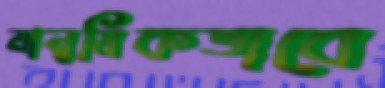
মানুষিকভাবে